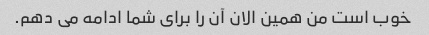
خوب است من همین الان آن را برای شما ادامه می دهم.